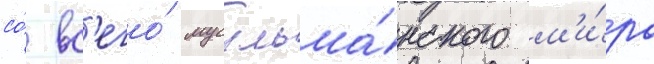
со́ вс'его́ мусульма́нского м'и́ра